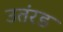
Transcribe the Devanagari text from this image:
उतंरड